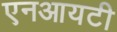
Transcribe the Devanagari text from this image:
एनआयटी